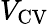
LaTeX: V_{\mathrm{{CV}}}